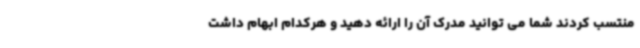
منتسب کردند شما می توانید مدرک آن را ارائه دهید و هرکدام ابهام داشت